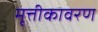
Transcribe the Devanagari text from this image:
मृत्तीकावरण